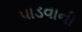
પાડવાની